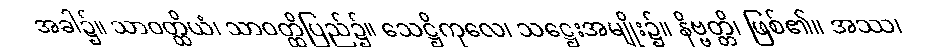
အခါ၌။ သာဝတ္ထိယံ၊ သာဝတ္ထိပြည်၌။ သေဋ္ဌိကုလေ၊ သဋ္ဌေးအမျိုး၌။ နိဗ္ဗတ္တိ၊ ဖြစ်၏။ အဿ၊